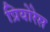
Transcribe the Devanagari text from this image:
प्रियोरेस